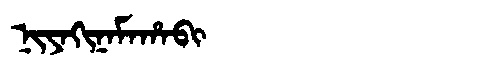
Manchu: ᠨᡳᠶᠠᡴᡳᠨᠠᠮᠠᡥᠠᠪᡳ
Romanization: NIYAKINAMAHABI